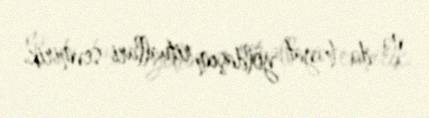
nə də həyat yoldaşım rituallari sevmirik.